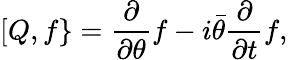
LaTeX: [Q,f\} ={\frac{\partial}{\partial\theta}}f-i{\bar{\theta}}{\frac{\partial}{\partial t}}f,